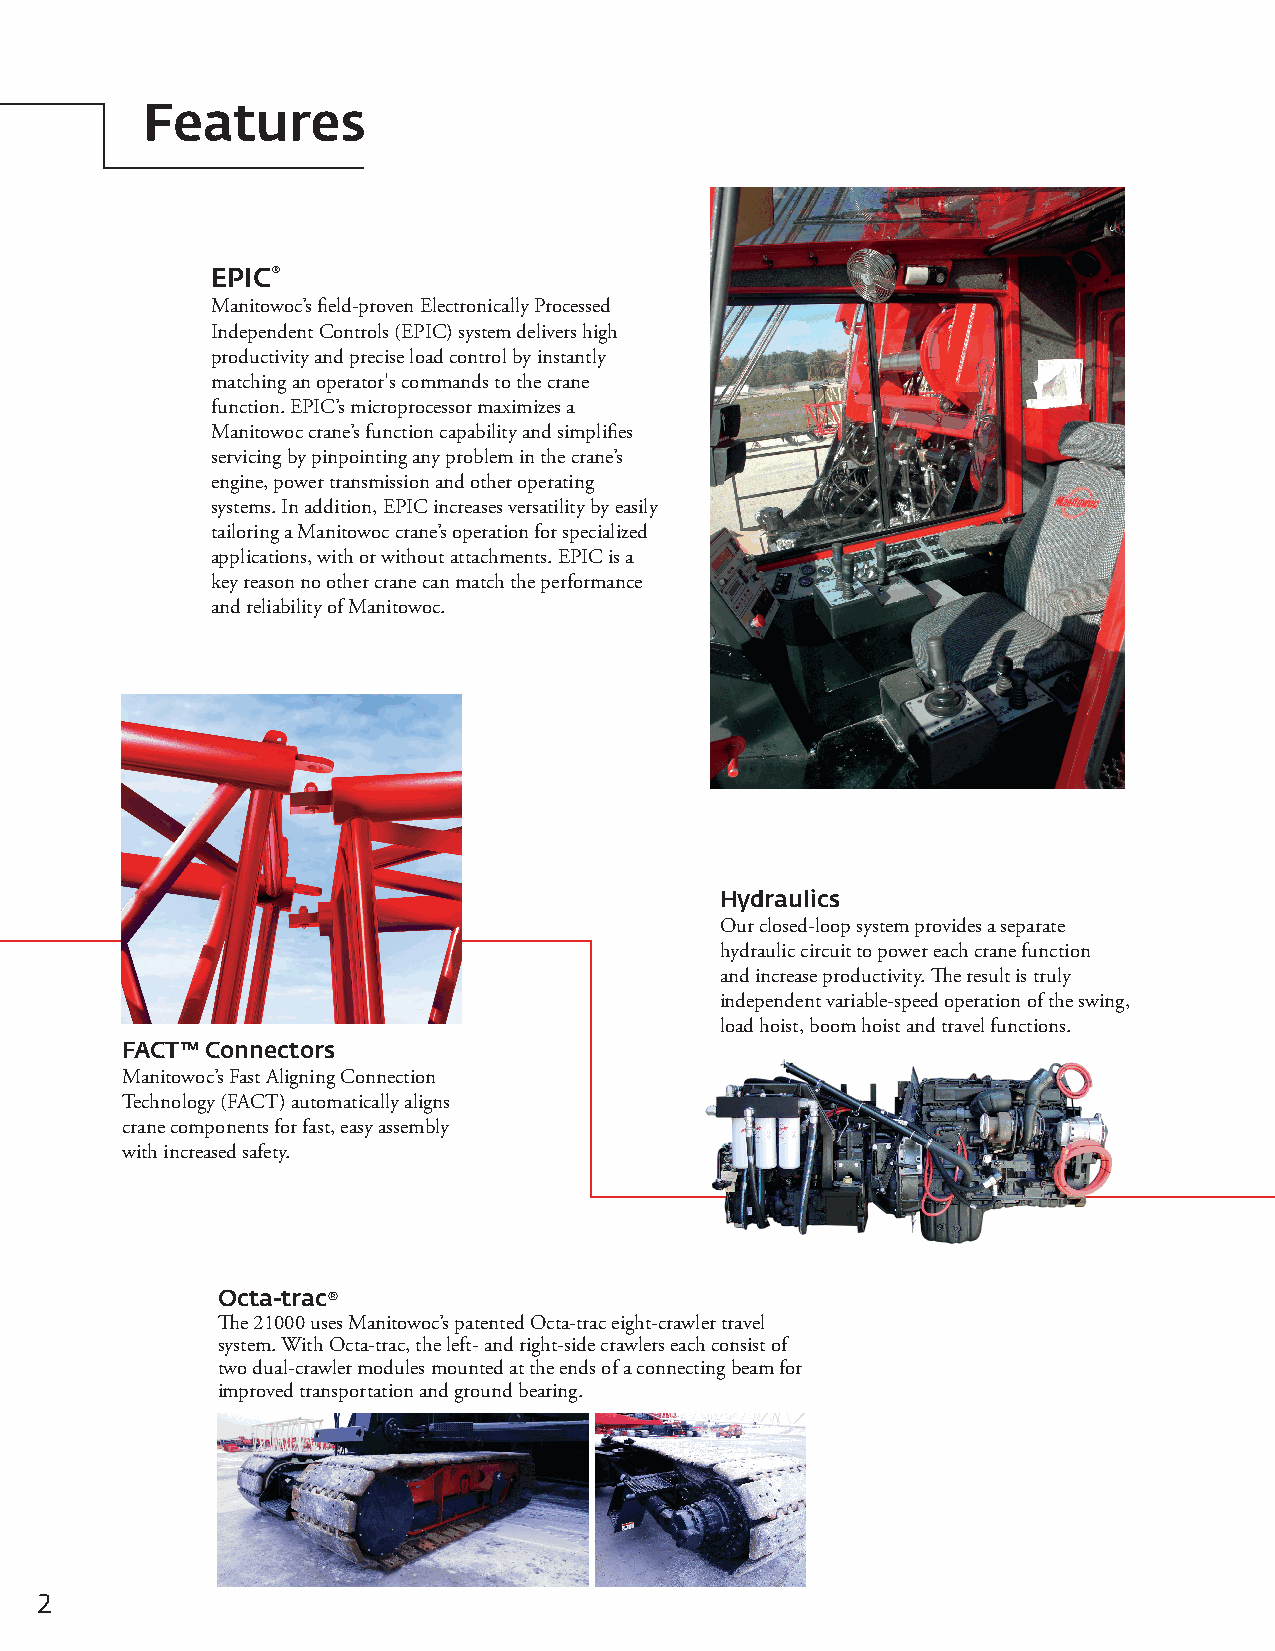
Features
 EPIC®
 Manitowoc’s field-proven Electronically Processed
 Independent Controls (EPIC) system delivers high
 productivity and precise load control by instantly
 matching an operator's commands to the crane
 function. EPIC’s microprocessor maximizes a
 Manitowoc crane’s function capability and simplifies
 servicing by pinpointing any problem in the crane’s
 engine, power transmission and other operating
 systems. In addition, EPIC increases versatility by easily
 tailoring a Manitowoc crane’s operation for specialized
 applications, with or without attachments. EPIC is a
 key reason no other crane can match the performance
 and reliability of Manitowoc.
 Hydraulics
 Our closed-loop system provides a separate
 hydraulic circuit to power each crane function
 and increase productivity. The result is truly
 independent variable-speed operation of the swing,
 load hoist, boom hoist and travel functions.
 FACT™ Connectors
 Manitowoc’s Fast Aligning Connection
 Technology (FACT) automatically aligns
 crane components for fast, easy assembly
 with increased safety.
 Octa-trac®
 The 21000 uses Manitowoc’s patented Octa-trac eight-crawler travel
 system. With Octa-trac, the left- and right-side crawlers each consist of
 two dual-crawler modules mounted at the ends of a connecting beam for
 improved transportation and ground bearing.
 2